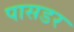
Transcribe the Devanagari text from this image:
पासडर